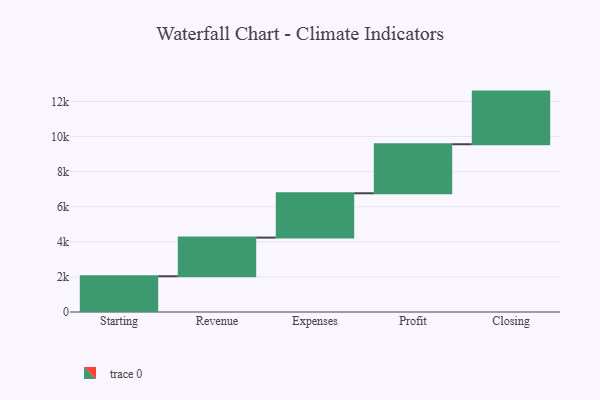
{"axis": {"x": "Step", "y": "Value"}, "legend": [""], "data": [{"x": "Starting", "y": 2036.0, "type": ""}, {"x": "Revenue", "y": 2204.0, "type": ""}, {"x": "Expenses", "y": 2526.0, "type": ""}, {"x": "Profit", "y": 2794.0, "type": ""}, {"x": "Closing", "y": 3000, "type": ""}]}